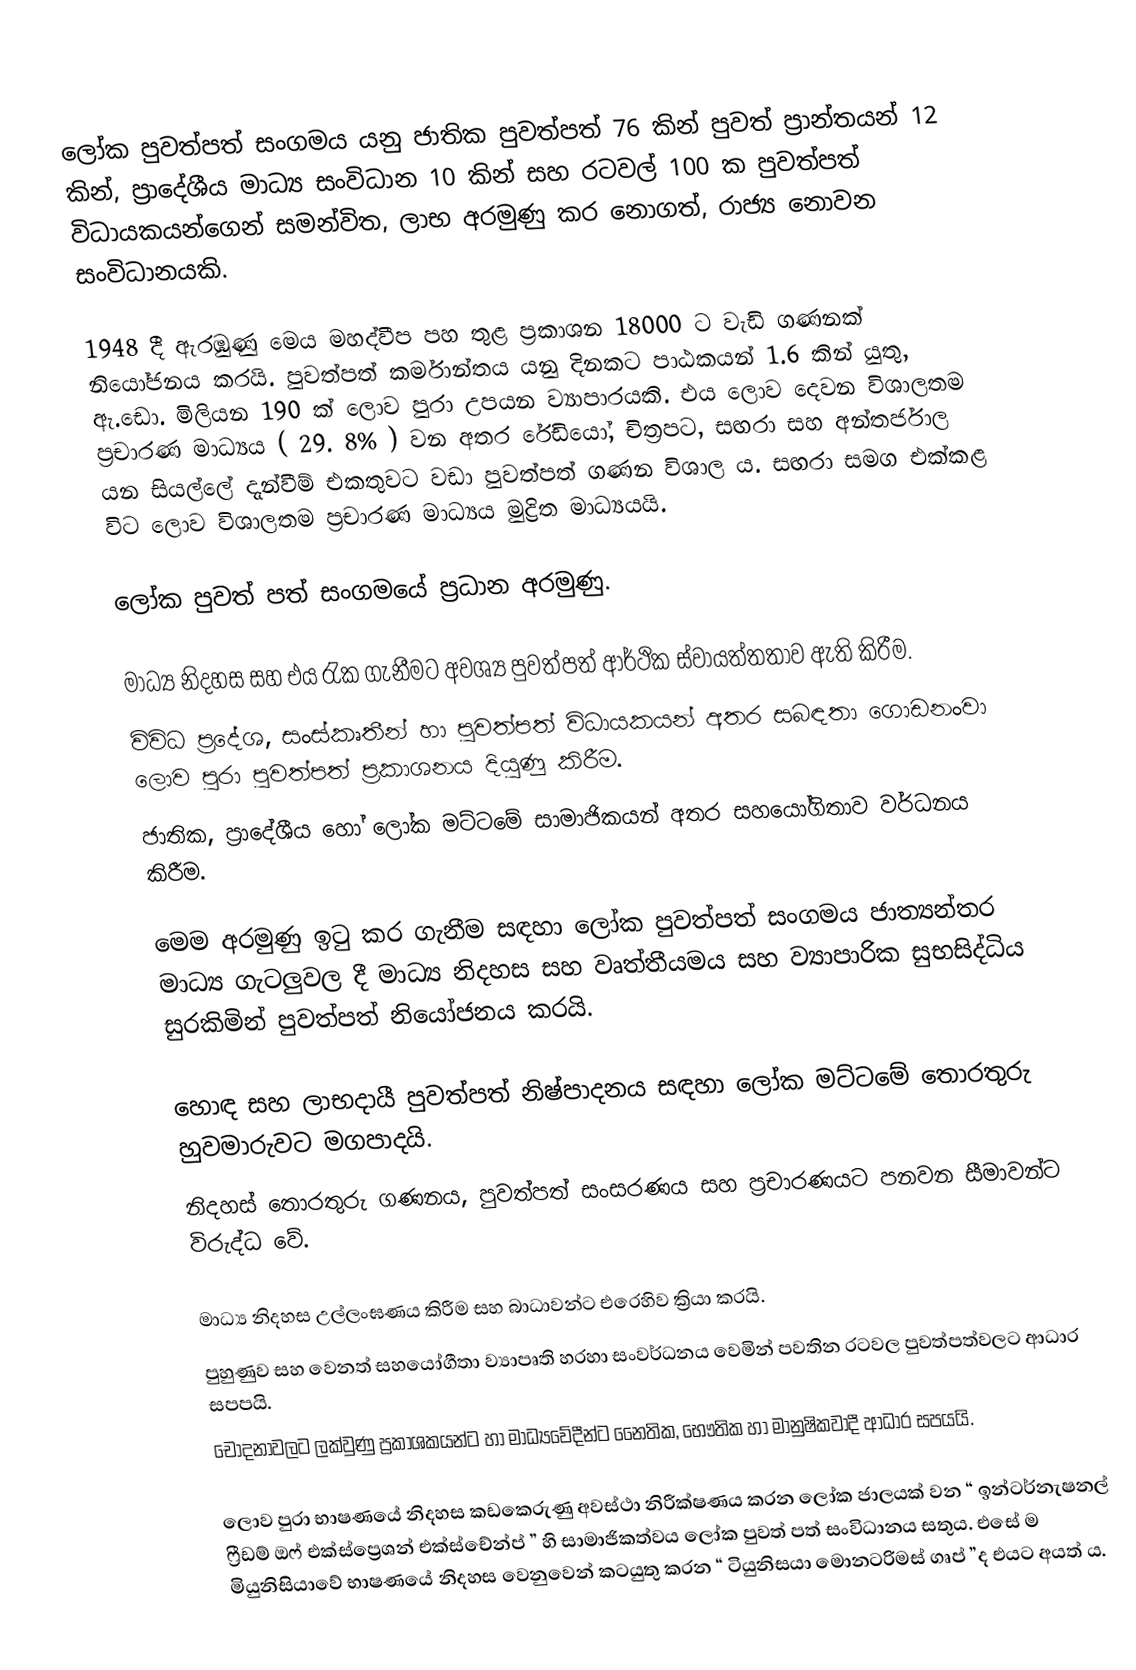
ලෝක පුවත්පත් සංගමය යනු ජාතික පුවත්පත් 76 කින් පුවත් ප්‍රාන්තයන් 12 කින්, ප්‍රාදේශීය මාධ්‍ය සංවිධාන 10 කින් සහ රටවල් 100 ක පුවත්පත් විධායකයන්ගෙන් සමන්විත, ලාභ අරමුණු කර නොගත්, රාජ්‍ය නොවන සංවිධානයකි.

1948 දී ඇරඹුණු මෙය මහද්වීප පහ තුළ ප්‍රකාශන 18000 ට වැඩි ගණනක් නියෝජනය කරයි. පුවත්පත් කර්මාන්තය යනු දිනකට පාඨකයන් 1.6 කින් යුතු, ඇ.ඩො. මිලියන 190 ක් ලොව පුරා උපයන ව්‍යාපාරයකි. එය ලොව දෙවන විශාලතම ප්‍රචාරණ මාධ්‍යය ( 29. 8% ) වන අතර රේඩියෝ, චිත්‍රපට, සඟරා සහ අන්තර්ජාල යන සියල්ලේ දැන්වීම් එකතුවට වඩා පුවත්පත් ගණන විශාල ය. සඟරා සමග එක්කළ විට ලොව විශාලතම ප්‍රචාරණ මාධ්‍යය මුද්‍රිත මාධ්‍යයයි.

ලෝක පුවත් පත් සංගමයේ ප්‍රධාන අරමුණු.

 මාධ්‍ය නිදහස සහ එය රැක ගැනීමට අවශ්‍ය පුවත්පත් ආර්ථික ස්වායත්තතාව ඇති කිරීම.
 විවිධ ප්‍රදේශ, සංස්කෘතීන් හා පුවත්පත් විධායකයන් අතර සබඳතා ගොඩනංවා ලොව පුරා පුවත්පත් ප්‍රකාශනය දියුණු කිරීම.
 ජාතික, ප්‍රාදේශීය හෝ ලෝක මට්ටමේ සාමාජිකයන් අතර සහයෝගිතාව වර්ධනය කිරීම.

මෙම අරමුණු ඉටු කර ගැනීම සඳහා ලෝක පුවත්පත් සංගමය ජාත්‍යන්තර මාධ්‍ය ගැටලුවල දී මාධ්‍ය නිදහස සහ වෘත්තීයමය සහ ව්‍යාපාරික සුභසිද්ධිය සුරකිමින් පුවත්පත් නියෝජනය කරයි.

 හොඳ සහ ලාභදායී පුවත්පත් නිෂ්පාදනය සඳහා ලෝක මට්ටමේ තොරතුරු හුවමාරුවට මගපාදයි.
 නිදහස් තොරතුරු ගණනය, පුවත්පත් සංසරණය සහ ප්‍රචාරණයට පනවන සීමාවන්ට විරුද්ධ වේ.

 මාධ්‍ය නිදහස උල්ලංඝණය කිරීම සහ බාධාවන්ට එරෙහිව ක්‍රියා කරයි.
 පුහුණුව සහ වෙනත් සහයෝගීතා ව්‍යාපෘති හරහා සංවර්ධනය වෙමින් පවතින රටවල පුවත්පත්වලට ආධාර සපපයි.
 චෝදනාවලට ලක්වුණු ප්‍රකාශකයන්ට හා මාධ්‍යවේදීන්ට නෛතික, භෞතික හා මානුෂිකවාදී ආධාර සපයයි.

ලොව පුරා භාෂණයේ නිදහස කඩකෙරුණු අවස්ථා නිරීක්ෂණය කරන ලෝක ජාලයක් වන “ ඉන්ටර්නැෂනල් ෆ්‍රීඩම් ඔෆ් එක්ස්ප්‍රෙශන් එක්ස්චේන්ප් ” හි සාමාජිකත්වය ලෝක පුවත් පත් සංවිධානය සතුය. එසේ ම මියුනිසියාවේ භාෂණයේ නිදහස වෙනුවෙන් කටයුතු කරන “ ටියුනිසයා මොනටරිමස් ගෘප් ”ද එයට අයත් ය.